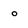
Character: o